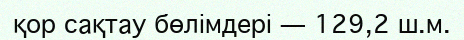
қор сақтау бөлімдері — 129,2 ш.м.